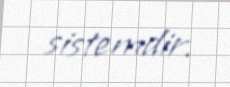
sistemdir.